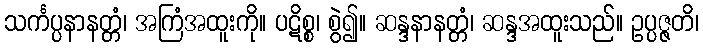
သင်္ကပ္ပနာနတ္တံ၊ အကြံအထူးကို။ ပဋိစ္စ၊ စွဲ၍။ ဆန္ဒနာနတ္တံ၊ ဆန္ဒအထူးသည်။ ဥပ္ပဇ္ဇတိ၊